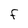
Character: F